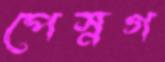
পেস্নগ